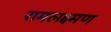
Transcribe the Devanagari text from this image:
रामलक्ष्मण